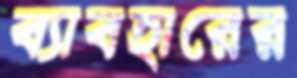
ব্যাবহারের